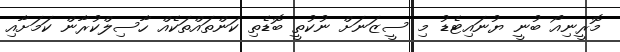
މޮރީނިއޯ ބުނީ ޔުނައިޓެޑު މި ސީޒަނަށް ނުކުތީ ބޮޑެތި ކަންތައްތަކެއް ހާސިލްކުރާން ކަމަށާއި